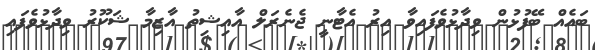
ބައެއް ބޭފުޅުން ވިދާޅުވެފައިވާ އިރު އެޓާނީ ޖެނެރަލް އާއިޝިތު އާޒިމާ ޝަކޫރު ވިދާޅުވެފައި